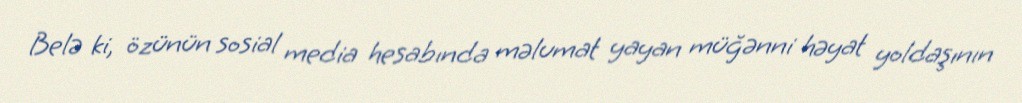
Belə ki, özünün sosial media hesabında məlumat yayan müğənni həyat yoldaşının